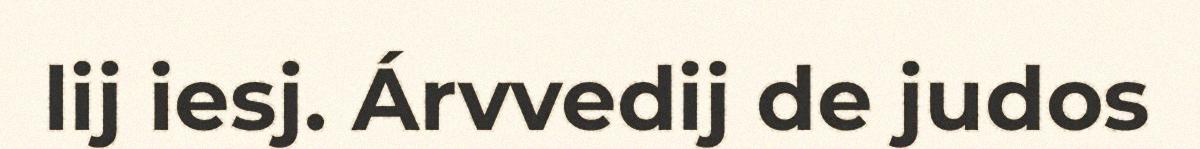
lij iesj. Árvvedij de judos